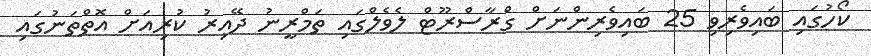
ކޯހުގައި ބައިވެރިވި 25 ބައިވެރިންނަށް ގްރާސްރޫޓް ލެވެލްގައި ތަމްރީނު ދޭއިރު ކުރިއަށް އޮތްތަނުގައި